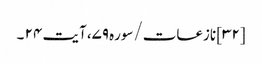
[۳۲] نازعات/سوره۷۹، آیت ۲۴ ۔